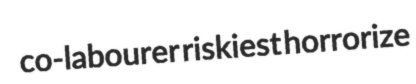
co-labourer riskiest horrorize